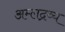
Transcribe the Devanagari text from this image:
अम्लद्रव्य